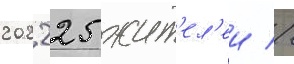
202 225 жит'ел'еи //